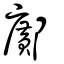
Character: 鄺